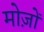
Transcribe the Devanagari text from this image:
मोज़ों